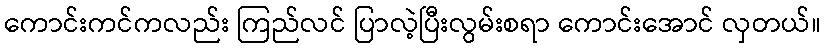
ကောင်းကင်ကလည်း ကြည်လင် ပြာလဲ့ပြီးလွမ်းစရာ ကောင်းအောင် လှတယ်။